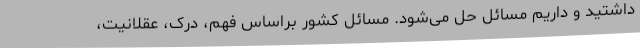
داشتید و داریم مسائل حل می‌شود. مسائل کشور براساس فهم، درک، عقلانیت،